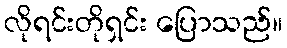
လိုရင်းတိုရှင်း ပြောသည်။